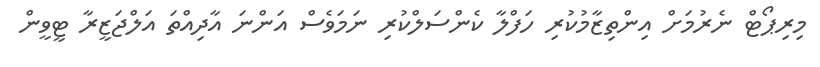
މިރިޕޯޓް ނެރުމަށް އިންތިޒާމުކުރި ހަފްލާ ކެންސަލްކުރި ނަމަވެސް އަންނަ އާދިއްތަ އަލްޖަޒީރާ ޓީވީން